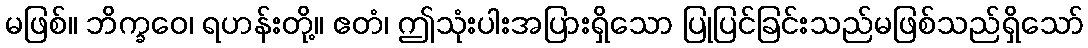
မဖြစ်။ ဘိက္ခဝေ၊ ရဟန်းတို့။ ဧတံ၊ ဤသုံးပါးအပြားရှိသော ပြုပြင်ခြင်းသည်မဖြစ်သည်ရှိသော်